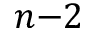
n { - } 2